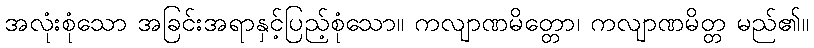
အလုံးစုံသော အခြင်းအရာနှင့်ပြည့်စုံသော။ ကလျာဏမိတ္တော၊ ကလျာဏမိတ္တ မည်၏။